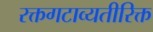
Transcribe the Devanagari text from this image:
रक्तगटाव्यतीरिक्त